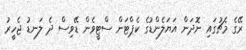
ރޭގެ މެޗުގައި ނޮދަން އަޔަލެންޑުގެ ކެޕްޓަން ސްޓީވެން ޑޭވިސް ދެ ލަނޑު ޖެހީރު